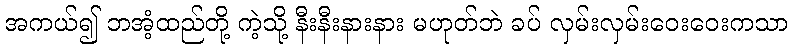
အကယ်၍ ဘအံ့ထည်တို့ ကဲ့သို့ နီးနီးနားနား မဟုတ်ဘဲ ခပ် လှမ်းလှမ်းဝေးဝေးကသာ